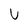
Character: U